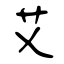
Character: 艾